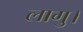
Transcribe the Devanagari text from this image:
लागु।